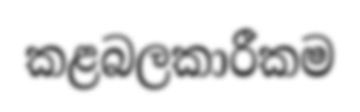
කළබලකාරීකම